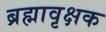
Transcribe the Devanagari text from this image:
ब्रह्मावृक्षक